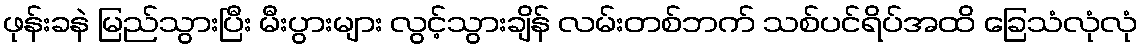
ဖုန်းခနဲ မြည်သွားပြီး မီးပွားများ လွင့်သွားချိန် လမ်းတစ်ဘက် သစ်ပင်ရိပ်အထိ ခြေသံလုံလုံ